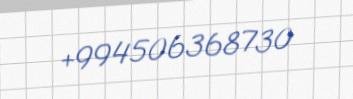
+994506368730